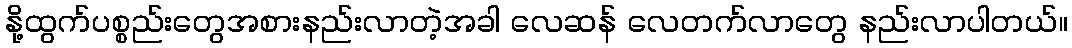
နို့ထွက်ပစ္စည်းတွေအစားနည်းလာတဲ့အခါ လေဆန် လေတက်လာတွေ နည်းလာပါတယ်။